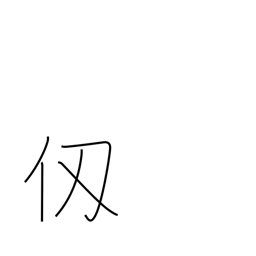
Meaning: fathom